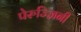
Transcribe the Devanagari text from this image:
पेरुज्ज़िनी